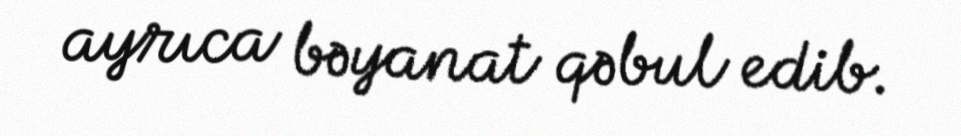
ayrıca bəyanat qəbul edib.